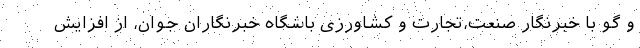
و گو با خبرنگار صنعت،تجارت و کشاورزی باشگاه خبرنگاران جوان، از افزایش